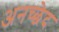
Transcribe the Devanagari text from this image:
अनच्छेद